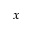
\boldsymbol { x }